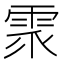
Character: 𩂢